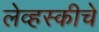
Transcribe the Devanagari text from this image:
लेव्हस्कीचे